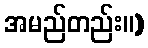
အမည်တည်း။)